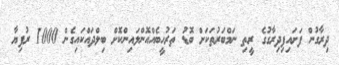
ދިރާގުން ފަށައިފިދިރާގުގެ ރީތި ނަމްބަރުތަކަށް ބޮޑު ތަރުހީބެއްއޮންލައިންކޮށް ބިލްދައްކައިގެން 1000 ރުފިޔާ